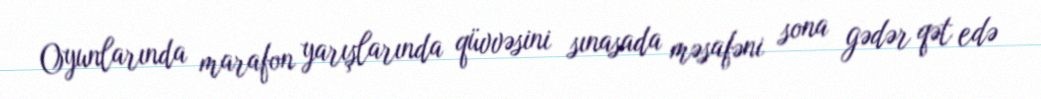
Oyunlarında marafon yarışlarında qüvvəsini sınasada məsafəni sona gədər qət edə